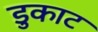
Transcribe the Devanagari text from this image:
डुकाट